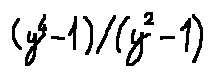
( y ^ { 4 } - 1 ) / ( y ^ { 2 } - 1 )